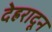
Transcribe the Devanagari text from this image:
देह्ररादून